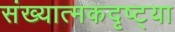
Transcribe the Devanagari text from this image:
संख्यात्मकदृष्ट्या